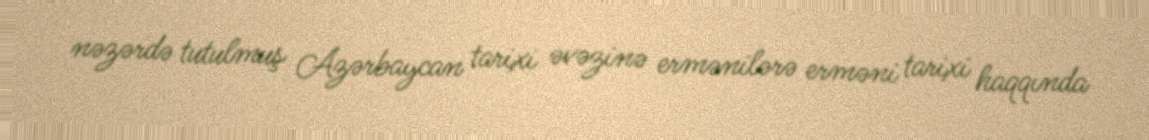
nəzərdə tutulmuş Azərbaycan tarixi əvəzinə ermənilərə erməni tarixi haqqında